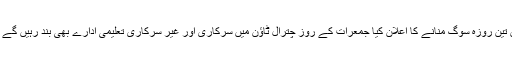
نیز ضلع ناظم نے چترال میں تین روزہ سوگ منانے کا اعلان کیا جمعرات کے روز چترال ٹاؤن میں سرکاری اور غیر سرکاری تعلیمی ادارے بھی بند رہیں گے نیز چترال بازار بھی بند رہا۔